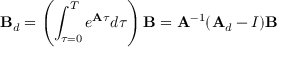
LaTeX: \mathbf { B } _ { d } = \left( \int _ { \tau = 0 } ^ { T } e ^ { \mathbf { A } \tau } d \tau \right) \mathbf { B } = \mathbf { A } ^ { - 1 } ( \mathbf { A } _ { d } - I ) \mathbf { B }